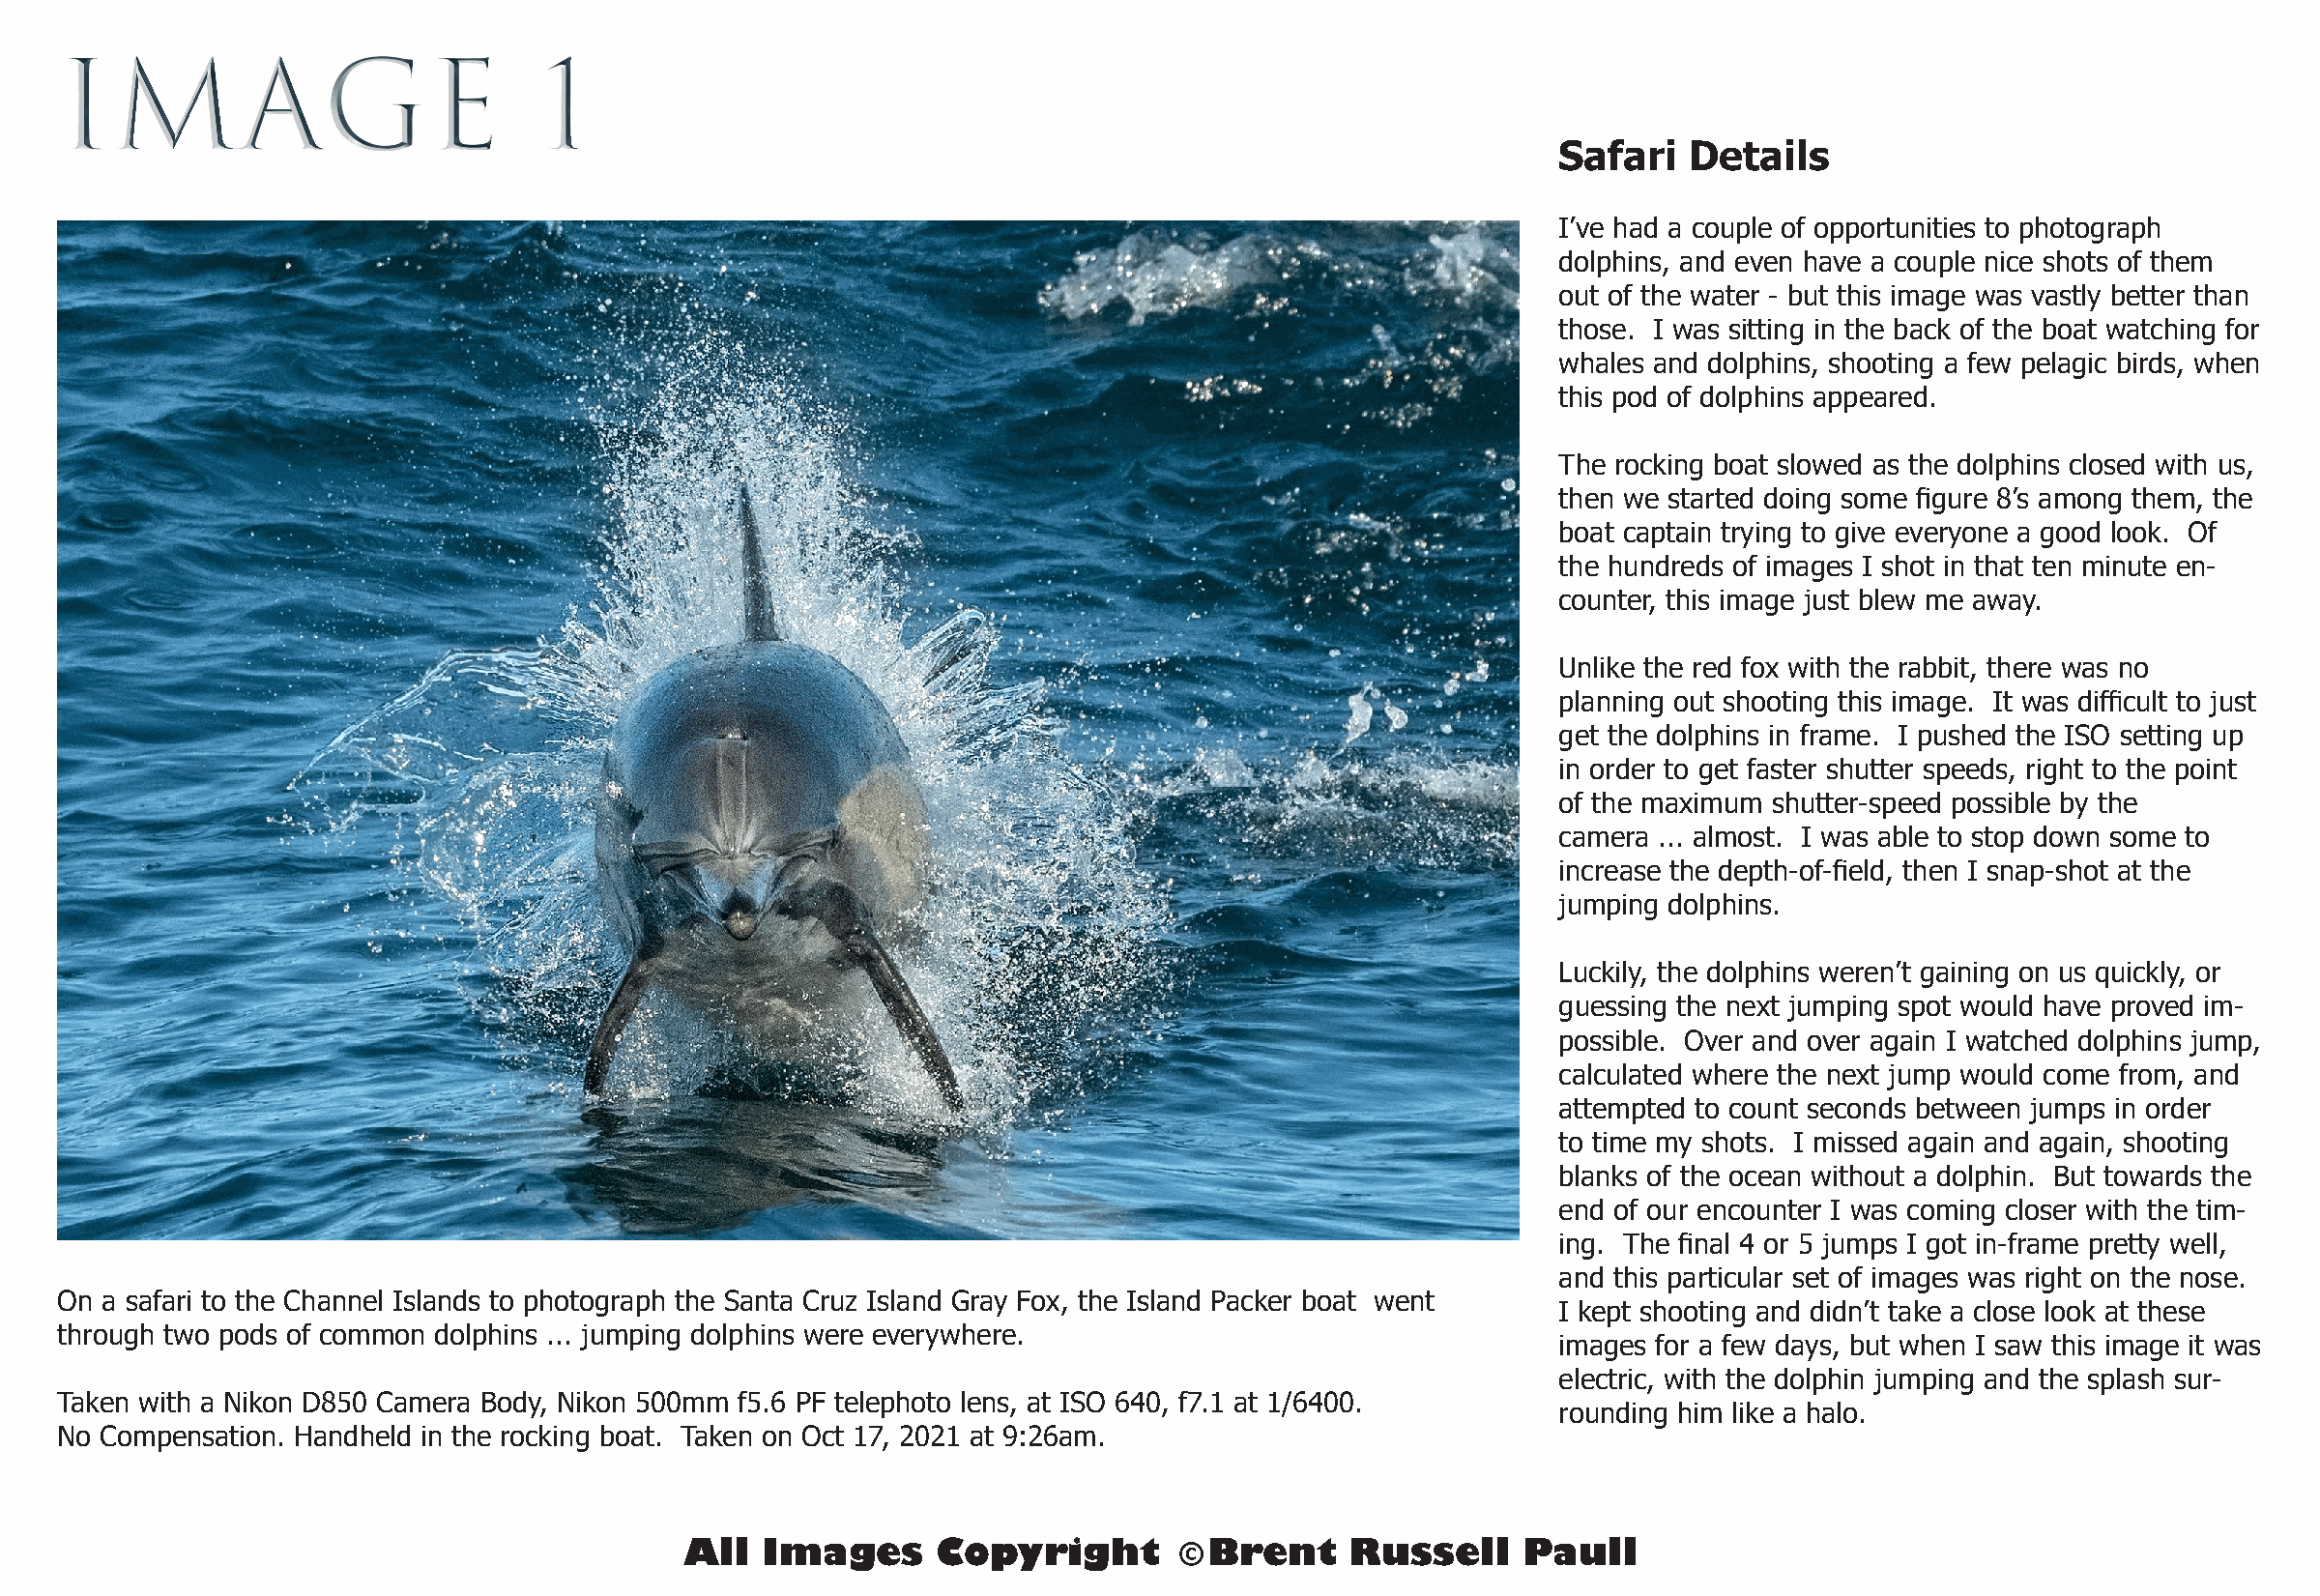
IMAGE                            1
 Safari   Details
 I’ve had a couple of opportunities to photograph
 dolphins, and even have a couple nice shots of them
 out of the water - but this image was vastly better than
 those. I was sitting in the back of the boat watching for
 whales and dolphins, shooting a few pelagic birds, when
 this pod of dolphins appeared.
 The rocking boat slowed as the dolphins closed with us,
 then we started doing some figure 8’s among them, the
 boat captain trying to give everyone a good look. Of
 the hundreds of images I shot in that ten minute en-
 counter, this image just blew me away.
 Unlike the red fox with the rabbit, there was no
 planning out shooting this image. It was difficult to just
 get the dolphins in frame. I pushed the ISO setting up
 in order to get faster shutter speeds, right to the point
 of the maximum shutter-speed possible by the
 camera ... almost. I was able to stop down some to
 increase the depth-of-field, then I snap-shot at the
 jumping dolphins.
 Luckily, the dolphins weren’t gaining on us quickly, or
 guessing the next jumping spot would have proved im-
 possible. Over and over again I watched dolphins jump,
 calculated where the next jump would come from, and
 attempted to count seconds between jumps in order
 to time my shots. I missed again and again, shooting
 blanks of the ocean without a dolphin. But towards the
 end of our encounter I was coming closer with the tim-
 ing. The final 4 or 5 jumps I got in-frame pretty well,
 and this particular set of images was right on the nose.
 On a safari to the Channel Islands to photograph the Santa Cruz Island Gray Fox, the Island Packer boat went
 I kept shooting and didn’t take a close look at these
 through two pods of common dolphins ... jumping dolphins were everywhere.
 images for a few days, but when I saw this image it was
 electric, with the dolphin jumping and the splash sur-
 Taken with a Nikon D850 Camera Body, Nikon 500mm f5.6 PF telephoto lens, at ISO 640, f7.1 at 1/6400.
 rounding him like a halo.
 No Compensation. Handheld in the rocking boat. Taken on Oct 17, 2021 at 9:26am.
 All  Images      Copyright        © Brent    Russell     Paull